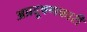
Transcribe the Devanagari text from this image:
अप्रदूषणकारी